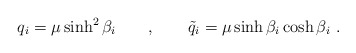
\begin{align*}q_i = \mu \sinh^2\beta_i \qquad , \qquad \tilde q_i = \mu \sinh \beta_i \cosh\beta_i \ .\end{align*}